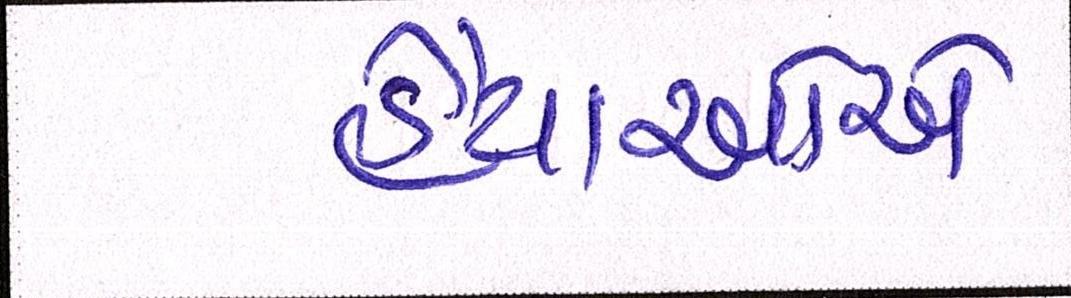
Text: હૈયાઓએ